Leaving Certificate Examination, 1914
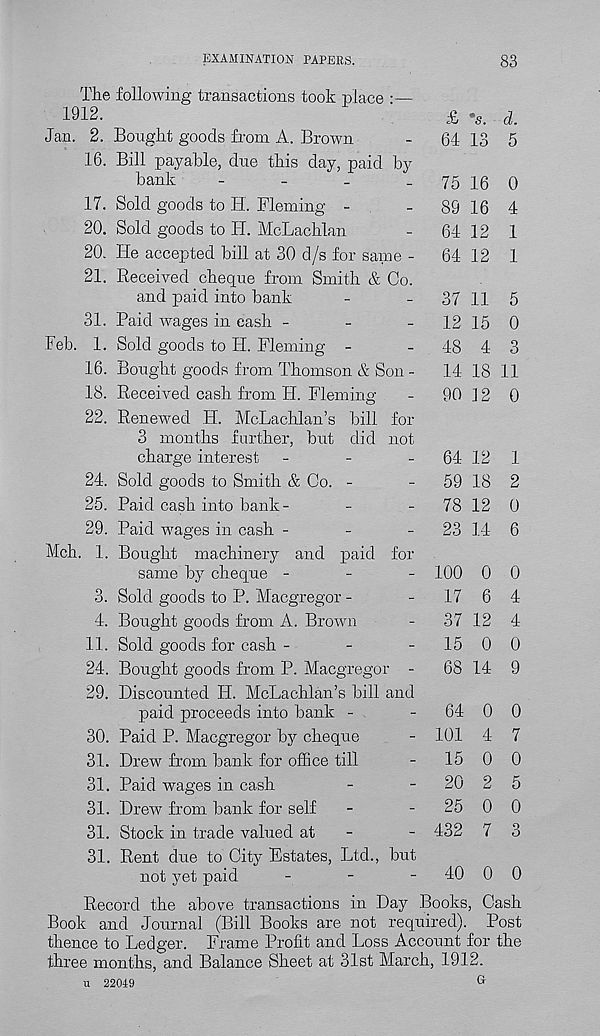
EXAMINATION PAPERS.
83
The following transactions took place •—
1912.
Jan. 2. Bought goods from A. Brown
16. Bill payable, due this day, paid by
bank
-
-
_
_
17. Sold goods to H. Fleming -
20. Sold goods to H. McLachlan
20. He accepted bill at 30 d/s for same -
21. Received cheque from Smith & Co.
and paid into bank
31. Paid wages in cash -
-
-
Feb. 1. Sold goods to H. Fleming -
16. Bought goods from Thomson & Son -
18. Received cash from H. Fleming
22. Renewed H. McLachlan’s bill for
3 months farther, but did not
charge interest -
-
-
24. Sold goods to Smith & Co. -
25. Paid cash into bank-
29. Paid wages in cash -
-
-
Mch. 1. Bought machinery and paid for
same by cheque -
-
-
3. Sold goods to P. Macgregor -
4. Bought goods from A. Brown
11. Sold goods for cash -
-
-
24. Bought goods from P. Macgregor -
29. Discounted H. McLachlan’s bill and
paid proceeds into bank -
30. Paid P. Macgregor by cheque
31. Drew from bank for office till
31. Paid wages in cash
31. Drew from bank for self
31. Stock in trade valued at
-
31. Rent due to City Estates, Ltd., but
not yet paid
-
-
-
£ ®s. d.
64 13 5
75 16 0
89 16 4
64 12 1
64 12 1
37 11 5
12 15 0
48 4 3
14 18 11
90 12 0
64 12 1
59 18 2
78 12 0
23 14 6
100 0 0
17 6 4
37 12 4
15 0 0
68 14 9
64 0 0
101 4 7
15 0 0
20 2 5
25 0 0
432 7 3
40 0 0
Record the above transactions in Day Books, Cash
Book and Journal (Bill Books are not required). Post
thence to Ledger. Frame Profit and Loss Account for the
three months, and Balance Sheet at 31st March, 1912.
u 22019
G